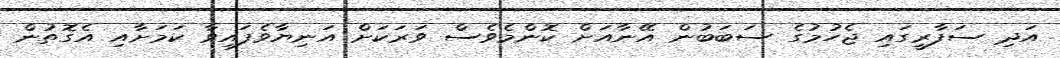
އަދި ސަފާރީގައި ޖެހުމުގެ ސަބަބުން އޭނާއަށް ކޮންމެވެސް ވަރަކަށް އަނިޔާވެފައިވާ ކަމަށާއި އެގޮތުން